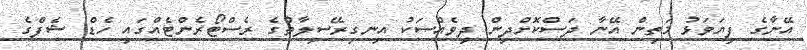
އޭނާގެ ފިޔަވަޅު މަތިން އޭނާ ދަސްކޮށްދިން ދިވެއްސަކު އިނގިރޭސިލާތުގެ ރެސްޓޯރެންޓެއްގައި ހެޑް ޝެފްގެ